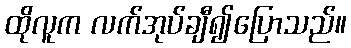
ထိုလူက လက်အုပ်ချီ၍ပြောသည်။